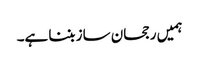
ہمیں رجحان ساز بننا ہے۔